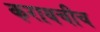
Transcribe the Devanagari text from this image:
करायचीच